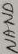
Text: NAND